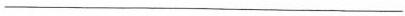
___